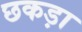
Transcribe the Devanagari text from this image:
छकड़ा